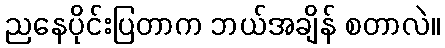
ညနေပိုင်းပြတာက ဘယ်အချိန် စတာလဲ။